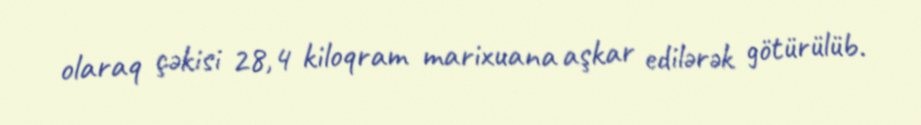
olaraq çəkisi 28,4 kiloqram marixuana aşkar edilərək götürülüb.